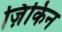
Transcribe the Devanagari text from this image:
ज़िंकिन